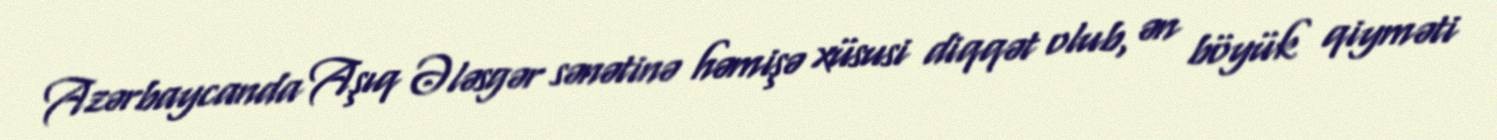
Azərbaycanda Aşıq Ələsgər sənətinə həmişə xüsusi diqqət olub, ən böyük qiyməti